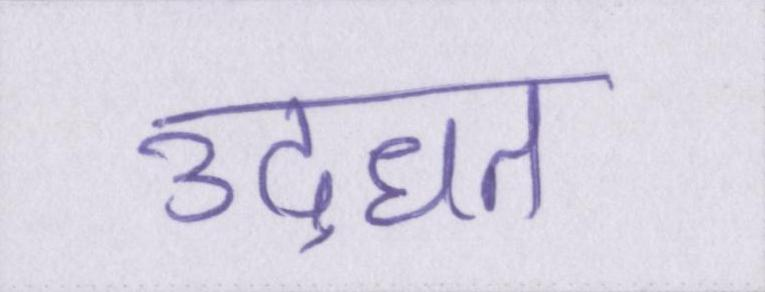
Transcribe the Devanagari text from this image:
उद्धृत